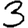
Digit: 3